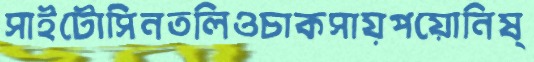
সাইটোসিনতলিওচাকসায়পয়োনিষ্